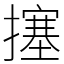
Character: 㩙